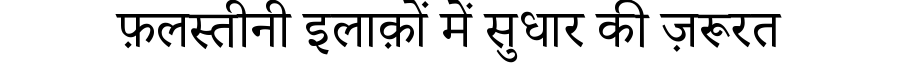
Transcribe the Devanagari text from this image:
फ़लस्तीनी इलाक़ों में सुधार की ज़रूरत